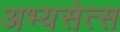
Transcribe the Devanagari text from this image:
अभ्यसेत्स